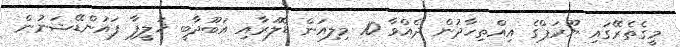
މީގެތެރޭގައި ޔޫރަޕްގެ އިއްތިހާދުން ދެއްވާ 10 މިލިއަން ޑޮލަރާއި އަބޫދާބީ ޚަލީފާ ފައުންޑޭޝަނުން